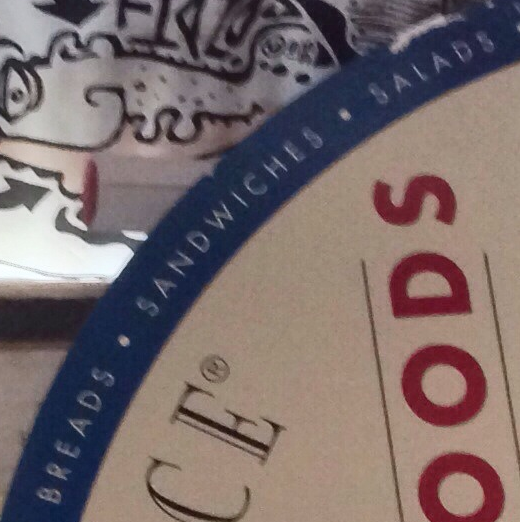
BREADS.SANDWICHES.SAIADS